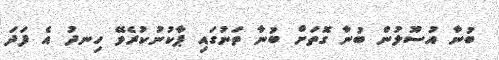
ބުނާ އުސޫލުން ބުނާ ގޮތަށް ބުނާ ތަނުގައި ޕާކުނުކުރެވޭ ހިނދު އެ ފަދަ